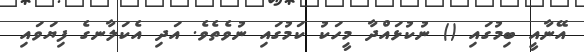
އޭނާއީ ބިމުގައި () ނުކުޅައްދާ މީހަކު ކަމުގައި ނުވެތެވެ. އަދި އެކަލާާނގެ ފިޔަވައި